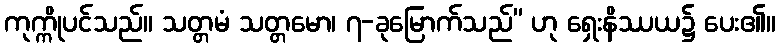
ကုက္ကိုပင်သည်။ သတ္တမံ သတ္တမော၊ ၇-ခုမြောက်သည်” ဟု ရှေးနိဿယ၌ ပေး၏။